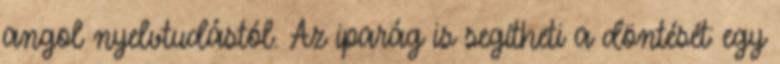
angol nyelvtudástól. Az iparág is segítheti a döntését: egy